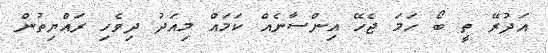
އަދުރޭ ތީ ބޯ ހަމަ ޖެހޭ އިންސާނެއް ކަމައް މިއަދު ދިވެހި ރައްޔިތުން